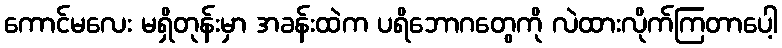
ကောင်မလေး မရှိတုန်းမှာ အခန်းထဲက ပရိဘောဂတွေကို လဲထားလိုက်ကြတာပေါ့